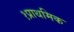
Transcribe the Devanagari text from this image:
१प्राथमिक